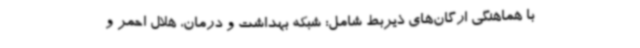
با هماهنگی ارگان‌های ذیربط شامل؛ شبکه بهداشت و درمان، هلال احمر و